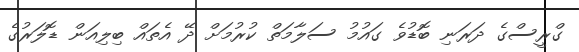
ގްރީސްގެ ދަރަނި ބޮޑުވެ ގައުމު ސަލާމަތް ކުރުމަށް ދޭ އެތައް ބިލިއަން ޑޮލަރުގެ